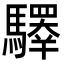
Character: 𩦯